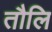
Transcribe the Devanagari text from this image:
तौलि